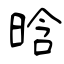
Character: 晗